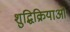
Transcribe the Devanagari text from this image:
शुद्धिक्रियाओं